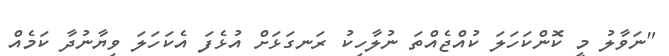
"ނަވާލު މީ ކޮންކަހަލަ ކުއްޖެއްތަ ނުލާހިކު ރަނގަޅަށް އުޅެފަ އެކަހަލަ ވިޔާނުދާ ކަމެއް